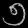
Digit: ၅